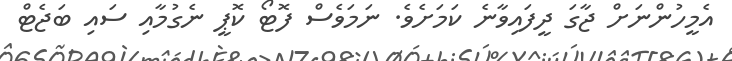
އެމީހުންނަށް ޖާގަ ދީފައިވާނެ ކަމަށެވެ. ނަަމަވެސް ފޮޓޯ ކޮޕީ ނެގުމާއި ސައި ބަޖެޓް